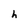
Character: h